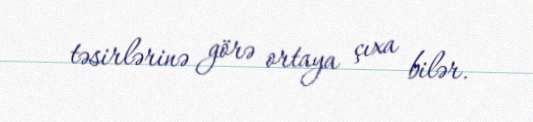
təsirlərinə görə ortaya çıxa bilər.